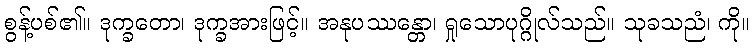
စွန့်ပစ်၏။ ဒုက္ခတော၊ ဒုက္ခအားဖြင့်။ အနုပဿန္တော၊ ရှုသောပုဂ္ဂိုလ်သည်။ သုခသညံ၊ ကို။